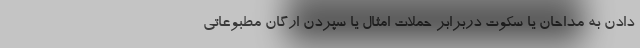
دادن به مداحان یا سکوت دربرابر حملات امثال یا سپردن ارگان مطبوعاتی